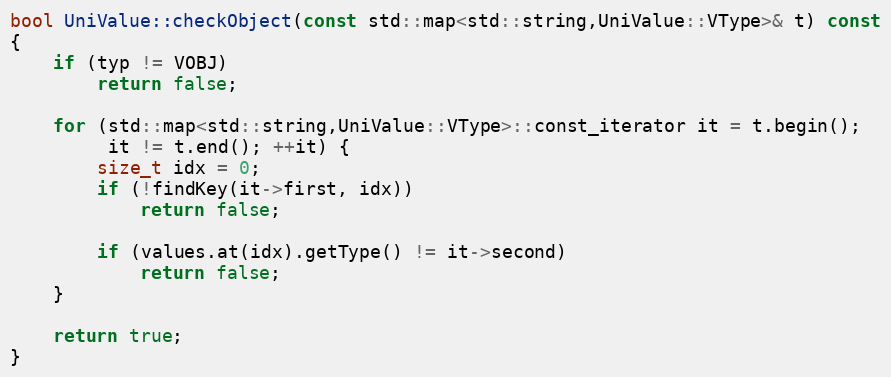
Language: C++
bool UniValue::checkObject(const std::map<std::string,UniValue::VType>& t) const
{
    if (typ != VOBJ)
        return false;

    for (std::map<std::string,UniValue::VType>::const_iterator it = t.begin();
         it != t.end(); ++it) {
        size_t idx = 0;
        if (!findKey(it->first, idx))
            return false;

        if (values.at(idx).getType() != it->second)
            return false;
    }

    return true;
}